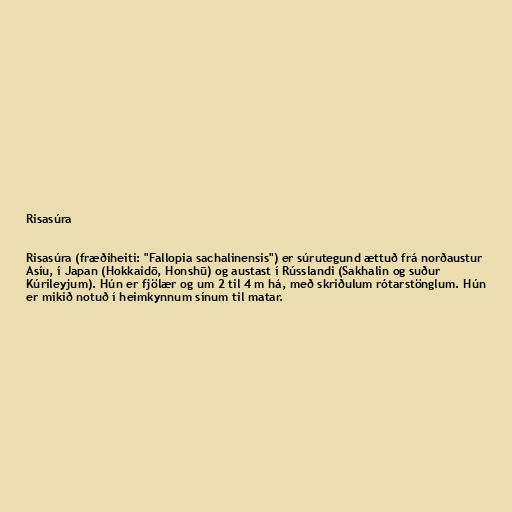
Risasúra

Risasúra (fræðiheiti: "Fallopia sachalinensis") er súrutegund ættuð frá norðaustur
Asíu, í Japan (Hokkaidō, Honshū) og austast í Rússlandi (Sakhalin og suður
Kúrileyjum). Hún er fjölær og um 2 til 4 m há, með skriðulum rótarstönglum. Hún
er mikið notuð í heimkynnum sínum til matar.